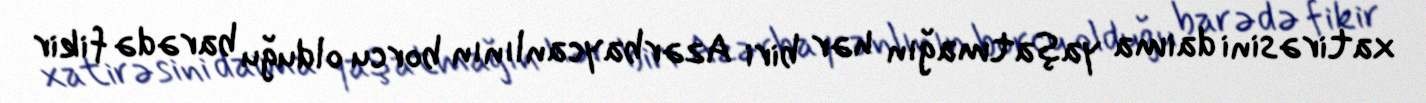
xatirəsini daima yaşatmağın hər biri Azərbaycanlının borcu olduğu barədə fikir